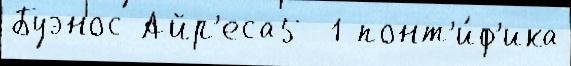
Буэнос-Айр'еса5  1 понт'и́ф'ика